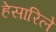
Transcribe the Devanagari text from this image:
हेसारिले